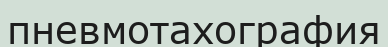
пневмотахография